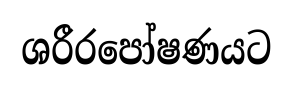
ශරීරපෝෂණයට